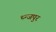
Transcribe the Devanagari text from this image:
थ्न्जपुर